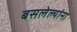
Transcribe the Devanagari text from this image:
बसलेल्यांना